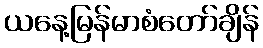
ယနေ့မြန်မာစံတော်ချိန်